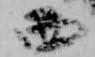
西